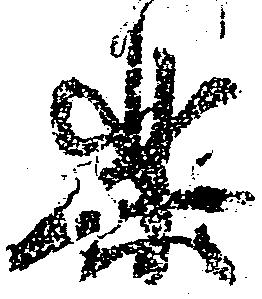
楽